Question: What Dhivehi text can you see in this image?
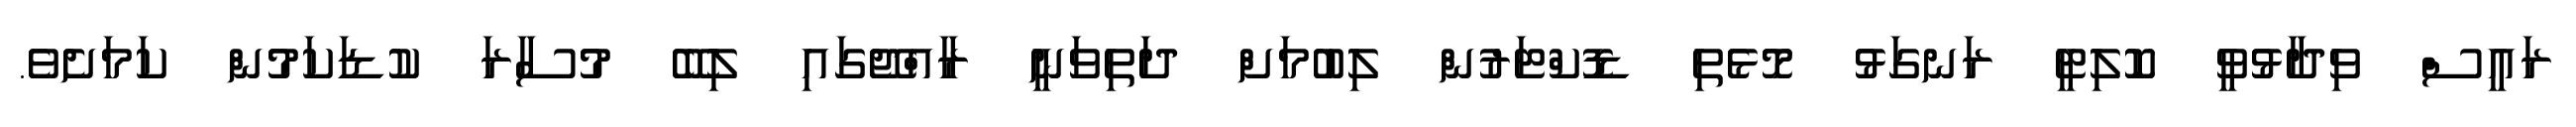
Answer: ރައީސް ވިދާޅުވީ ކޮލިޓީ ރަނގަޅު މޮޅެތި ޑޮކްޓަރުން ލިބުމަށް ދަތިވަނީ ރާއްޖޭގައި ލިބޭ މުސާރަ ކުޑަކަމުން ކަމަށެވެ.